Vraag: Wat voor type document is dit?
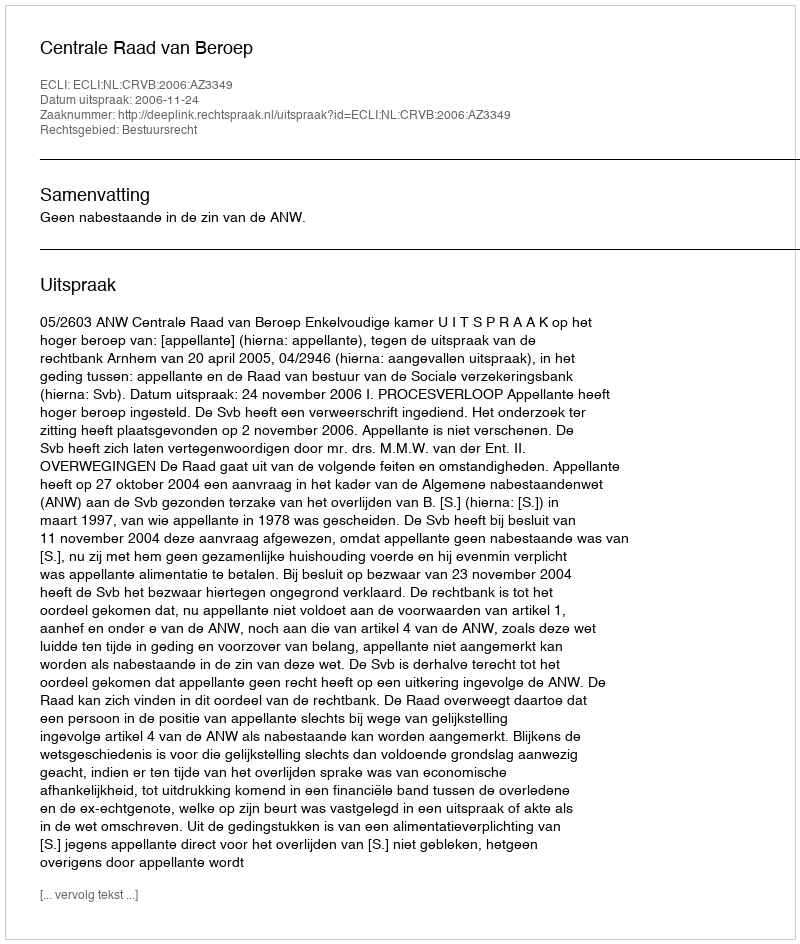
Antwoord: Uitspraak